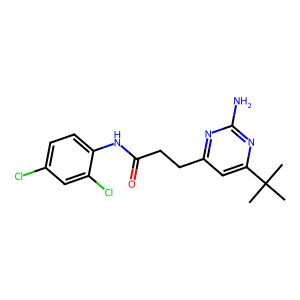
SMILES: CC(C)(C)c1cc(CCC(=O)Nc2ccc(Cl)cc2Cl)nc(N)n1
Inhibits HIV replication: No